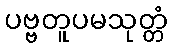
ပဗ္ဗတူပမသုတ္တံ